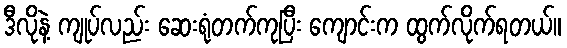
ဒီလိုနဲ့ ကျုပ်လည်း ဆေးရုံတက်ကုပြီး ကျောင်းက ထွက်လိုက်ရတယ်။